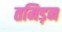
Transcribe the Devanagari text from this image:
तमिड़न